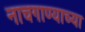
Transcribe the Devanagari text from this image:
नाचगाण्याच्या